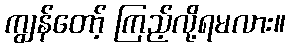
ကျွန်တော့် ကြည့်လို့ရမလား။